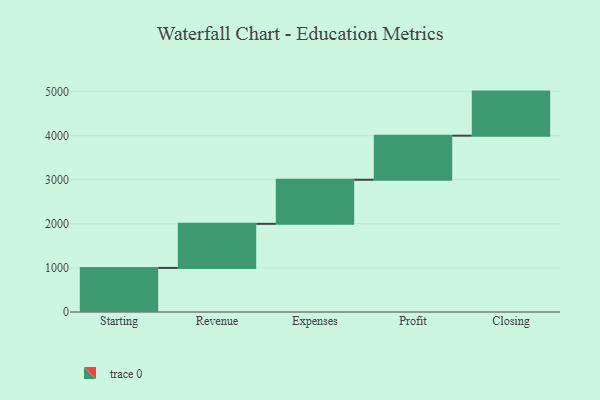
{"axis": {"x": "Step", "y": "Value"}, "legend": [""], "data": [{"x": "Starting", "y": 1000, "type": ""}, {"x": "Revenue", "y": 1000, "type": ""}, {"x": "Expenses", "y": 1000, "type": ""}, {"x": "Profit", "y": 1000, "type": ""}, {"x": "Closing", "y": 1000, "type": ""}]}